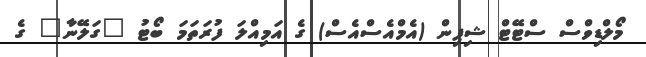
މޯލްޑިވްސް ސްޓޭޓް ޝިޕިން (އެމްއެސްއެސް) ގެ އަމިއްލަ ފުރަތަމަ ބޯޓު "ގަލޭނާ" ގެ